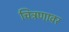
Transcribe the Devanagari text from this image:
चित्रणावर